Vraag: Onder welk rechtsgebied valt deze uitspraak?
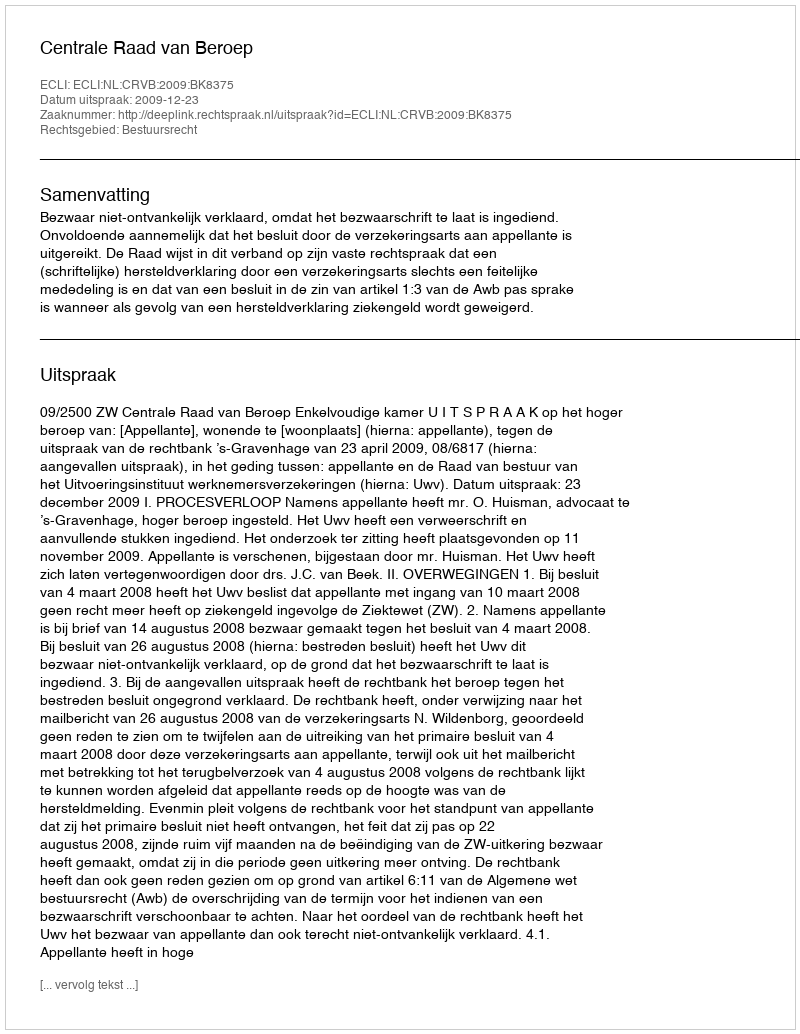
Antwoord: Bestuursrecht